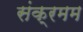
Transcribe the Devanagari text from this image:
संक्रमम